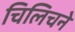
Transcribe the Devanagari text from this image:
चिलिचने